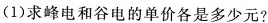
(1)求峰电和谷电的单价各是多少元?